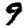
Digit: 9